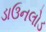
ડાઉનલોડ